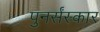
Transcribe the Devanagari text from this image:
पुनर्संस्कार